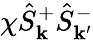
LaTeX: \chi\hat{S}_{\mathbf{k}}^{+}\hat{S}_{\mathbf{k^{\prime}}}^{-}